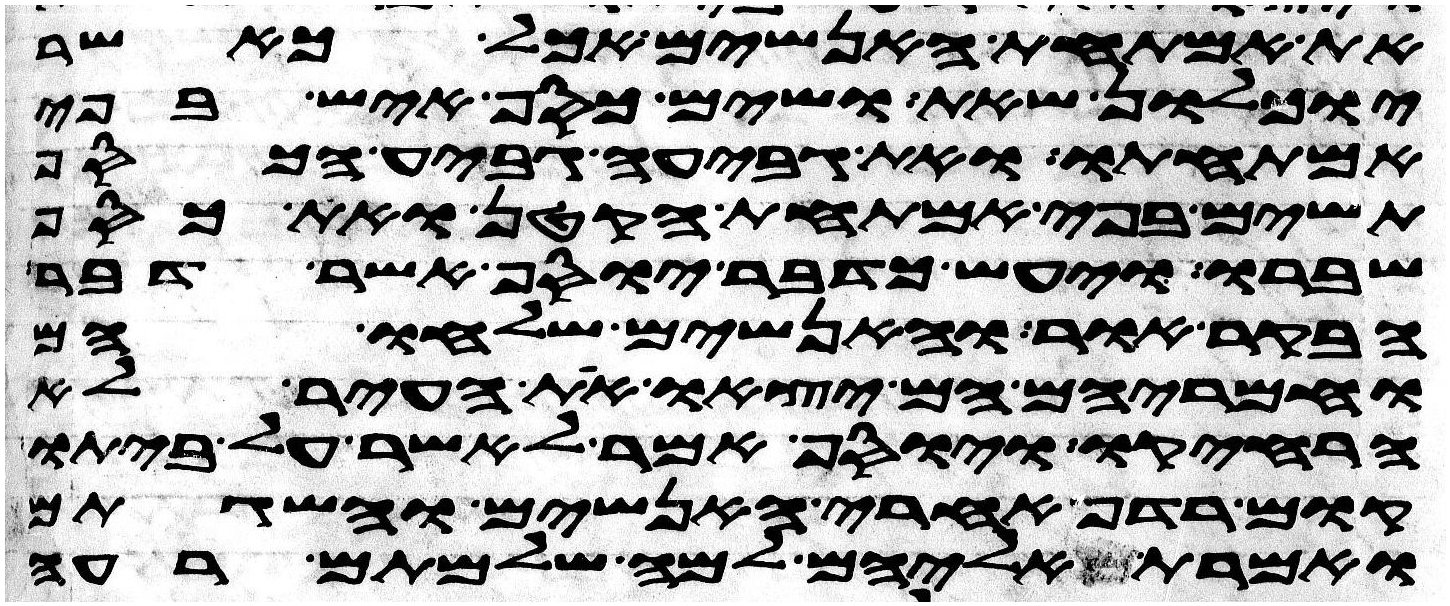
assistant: את אמתחת האנשים אכל כאשר
יוכלון שאת ושים כסף איש בפי
אמתחתו ואת גביע גביע הכסף
תשים בפי אמתחת הקטן ואת כסף
שברו ויעש כדבר יוסף אשר דבר
הבקר אור והאנשים שלחו הם
וחמריהם הם יצאו את העיר לא
הרחיקו ויוסף אמר לאשר על ביתו
קום רדף אחרי האנשים והשגתם
ואמרת אליהם למה שלמתם רעה